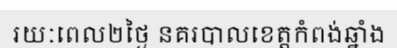
រយៈពេល២ថ្ងៃ នគរបាលខេត្តកំពង់ឆ្នាំង